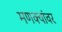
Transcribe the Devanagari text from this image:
मणक्यांवर